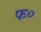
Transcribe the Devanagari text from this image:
फ०